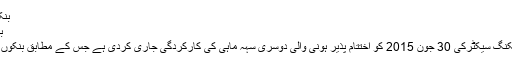
بنکوں کے منافع میں حیرت انگیز اضافہ -
بنکوں کے منافع میں حیرت انگیز اضافہ
کراچی : اسٹیٹ بنک آف پاکستان نے بینکنگ سیکٹرکی 30 جون 2015 کو اختتام پذیر ہونی والی دوسری سہہ ماہی کی کارکردگی جاری کردی ہے جس کے مطابق بنکوں کے منافع میں 52 فیصد اضافہ ہوا ہے۔